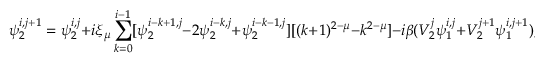
\psi _ { 2 } ^ { i , j + 1 } = \psi _ { 2 } ^ { i , j } + i \xi _ { \mu } \sum _ { k = 0 } ^ { i - 1 } [ \psi _ { 2 } ^ { i - k + 1 , j } - 2 \psi _ { 2 } ^ { i - k , j } + \psi _ { 2 } ^ { i - k - 1 , j } ] [ ( k + 1 ) ^ { 2 - \mu } - k ^ { 2 - \mu } ] - i \beta ( V _ { 2 } ^ { j } \psi _ { 1 } ^ { i , j } + V _ { 2 } ^ { j + 1 } \psi _ { 1 } ^ { i , j + 1 } ) ,